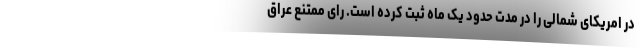
در امریکای شمالی را در مدت حدود یک ماه ثبت کرده است. رای ممتنع عراق